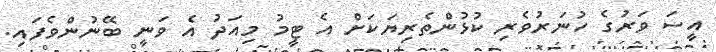
އީސަ ވަރުގެ ހުނަރުވެރި ކުޅުންތެރިޔަކަށް އެ ޓީމު މިއަދު އެ ވަނީ ބޭނުންވެފައި.